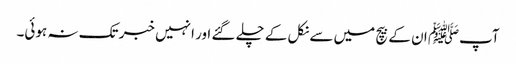
آپﷺ ان کے بیچ میں سے نکل کے چلے گئے اور انہیں خبر تک نہ ہوئی۔